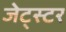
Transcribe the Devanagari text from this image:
जेट्स्टर